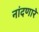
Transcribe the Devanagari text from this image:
नांदणारे